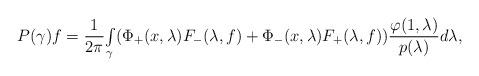
LaTeX: \begin{align*}P(\gamma)f=\frac{1}{2\pi}{\textstyle\int\limits_{\gamma}}(\Phi_{+}(x,\lambda)F_{-}(\lambda,f)+\Phi_{-}(x,\lambda)F_{+}(\lambda,f))\frac{\varphi(1,\lambda)}{p(\lambda)}d\lambda,\end{align*}